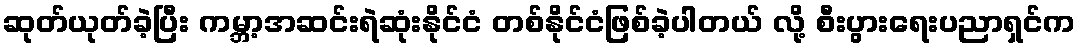
ဆုတ်ယုတ်ခဲ့ပြီး ကမ္ဘာ့အဆင်းရဲဆုံးနိုင်ငံ တစ်နိုင်ငံဖြစ်ခဲ့ပါတယ် လို့ စီးပွားရေးပညာရှင်က